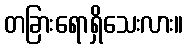
တခြားရောရှိသေးလား။